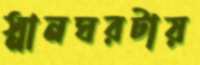
স্নানঘরটায়